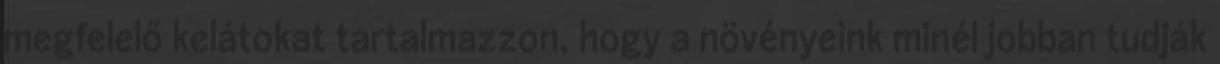
megfelelő kelátokat tartalmazzon, hogy a növényeink minél jobban tudják